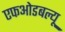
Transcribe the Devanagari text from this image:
एफओडबल्यू